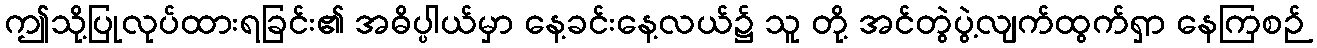
ဤသို့ပြုလုပ်ထားရခြင်း၏ အဓိပ္ပါယ်မှာ နေ့ခင်းနေ့လယ်၌ သူ တို့ အင်တွဲပွဲ့လျက်ထွက်ရှာ နေကြစဉ်